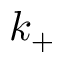
k _ { + }